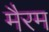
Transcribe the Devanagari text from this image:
मैरम